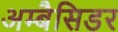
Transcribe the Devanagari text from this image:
अम्बैसिडर